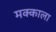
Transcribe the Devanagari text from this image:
मक्काला